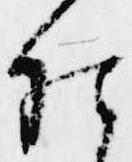
仕